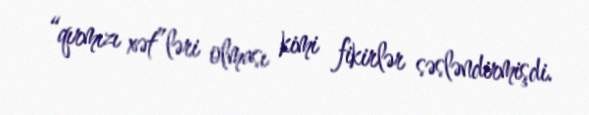
“qırmızı xət”ləri olması kimi fikirlər səsləndirmişdi.